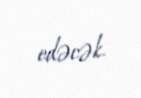
edəcək.